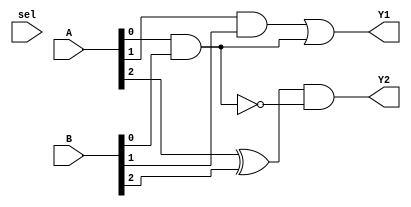
module CLB_Overlap (
    input wire [3:0] A,       // 4-bit input A
    input wire [3:0] B,       // 4-bit input B
    input wire sel,           // Select signal for multiplexing
    output wire Y1,          // Output for function 1
    output wire Y2           // Output for function 2
);

// Intermediate shared logic
wire common_logic;

// Example of shared logic: AND operation
assign common_logic = A[0] & B[0]; // Common logic shared by both functions

// Function 1: Y1 = A[1] & B[1] | common_logic
assign Y1 = (A[1] & B[1]) | common_logic;

// Function 2: Y2 = A[2] ^ B[2] & ~common_logic
assign Y2 = (A[2] ^ B[2]) & ~common_logic;

// Multiplexer to select output based on 'sel'
assign Y = sel ? Y2 : Y1; // Final output based on select signal

endmodule